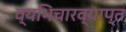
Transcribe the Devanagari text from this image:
व्यभिचारव्याप्त